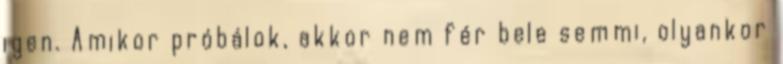
igen. Amikor próbálok, akkor nem fér bele semmi, olyankor